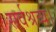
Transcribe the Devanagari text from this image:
सर्वश्रव्य।